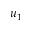
u _ { 1 }